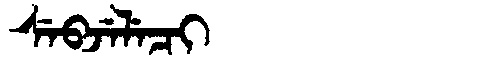
Manchu: ᠰᡝᠪᠵᡝᠯᡝᠴᡳ
Romanization: SEBJELECI